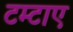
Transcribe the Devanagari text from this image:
टम्टाए